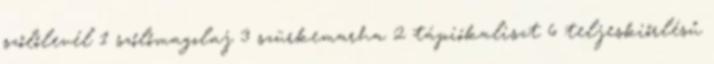
szőlőlevél 1 szőlőmagolaj 3 szürkemarha 2 tápiókaliszt 6 teljeskiőrlésű